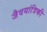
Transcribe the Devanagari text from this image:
जैवयांत्रिकी